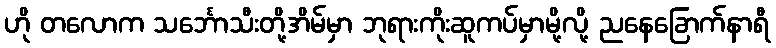
ဟို တလောက သင်္ဘောသီးတို့အိမ်မှာ ဘုရားကိုးဆူကပ်မှာမို့လို့ ညနေခြောက်နာရီ